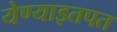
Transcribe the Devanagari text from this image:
येण्याइतपत